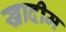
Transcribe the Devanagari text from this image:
खादीम